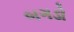
બગડો